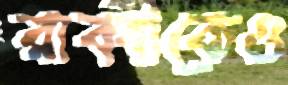
রাব্বীকেও